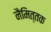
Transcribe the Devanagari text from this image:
नैमित्तक